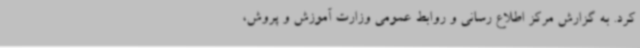
کرد. به گزارش مرکز اطلاع رسانی و روابط عمومی وزارت آموزش و پروش،